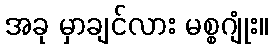
အခု မှာချင်လား မစ္စဂျုံး။